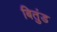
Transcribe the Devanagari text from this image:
बितुंड